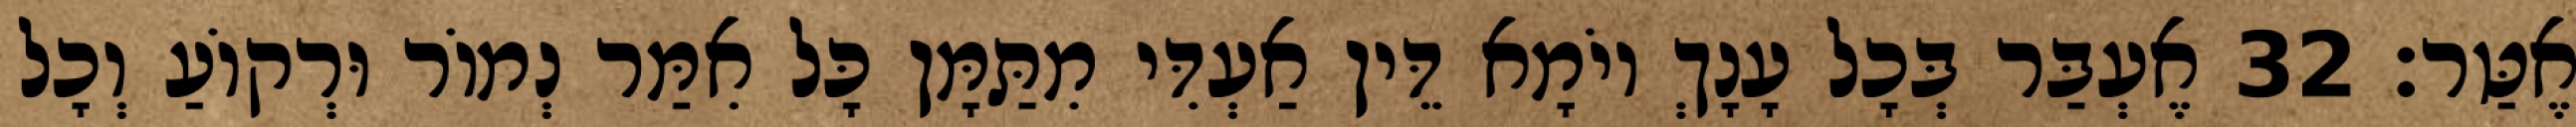
אֶטַּר׃ 32 אֶעְבַּר בְּכָל עָנָךְ יוֹמָא דֵּין אַעְדִּי מִתַּמָּן כָּל אִמַּר נְמוֹר וּרְקוֹעַ וְכָל